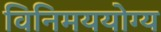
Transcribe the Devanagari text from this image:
विनिमययोग्य